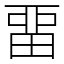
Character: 畱